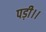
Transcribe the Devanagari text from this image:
पड़ी।।